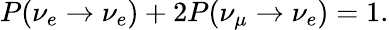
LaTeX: P(\nu_{e}\rightarrow\nu_{e})+2P(\nu_{\mu}\rightarrow\nu_{e})=1.